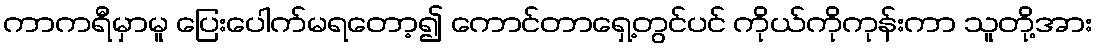
ကာကရီမှာမူ ပြေးပေါက်မရတော့၍ ကောင်တာရှေ့တွင်ပင် ကိုယ်ကိုကုန်းကာ သူတို့အား